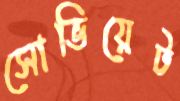
সোভিয়েট